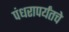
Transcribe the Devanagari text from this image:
पंधरापर्यंतचे